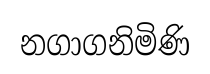
නගාගනිමිණි